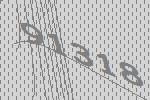
91318